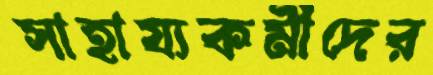
সাহায্যকর্মীদের